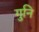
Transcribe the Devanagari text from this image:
गुनि